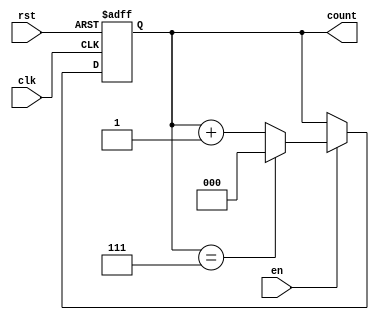
module modulus_counter #(
    parameter N = 8 // Modulus value (should be a power of 2 for simplicity)
) (
    input wire clk,    // Clock signal
    input wire rst,    // Asynchronous reset signal
    input wire en,     // Enable signal
    output reg [$clog2(N)-1:0] count // Count output
);

    // Always block for counting logic
    always @(posedge clk or posedge rst) begin
        if (rst) begin
            count <= 0; // Reset count to 0
        end else if (en) begin
            if (count == N-1) begin
                count <= 0; // Reset count to 0 when reaching modulus
            end else begin
                count <= count + 1; // Increment count
            end
        end
    end

endmodule